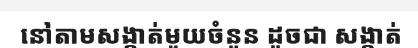
នៅតាមសង្កាត់មួយចំនួន ដូចជា សង្កាត់